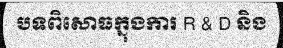
បទពិសោធក្នុងការ R & D និង